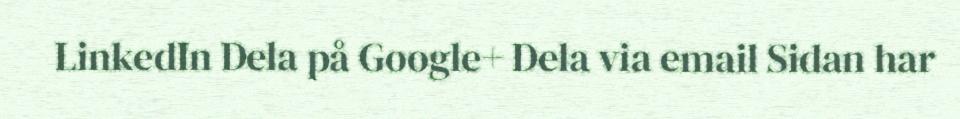
LinkedIn Dela på Google+ Dela via email Sidan har